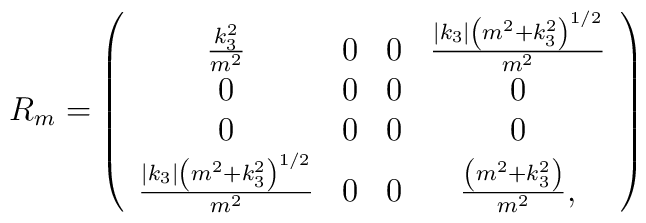
R_{m}=\left(\begin{array}{cccc}\frac{k_{3}^{2}}{m^2}  & 0 & 0 &\frac{\left| k_{3}\right| \left( m^{2}+k_{3}^{2}\right) ^{1/2}} {m^2}\\0 & 0 & 0 & 0 \\0 & 0 & 0 & 0 \\\frac{\left| k_{3}\right| \left( m^{2}+k_{3}^{2}\right) ^{1/2}}{m^2} & 0 & 0 & \frac{\left( m^{2}+k_{3}^{2}\right)}{m^2},\end{array}\right)